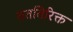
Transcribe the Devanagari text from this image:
तततिरिक्त